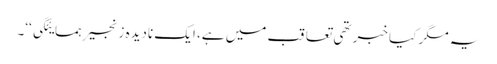
یہ مگر کیا خبر تھی تعاقب میں ہے، ایک نادیدہ زنجیرِ ہمسایئگی‘‘۔